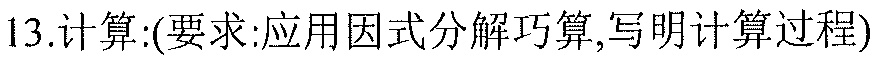
13.计算:(要求:应用因式分解巧算,写明计算过程)